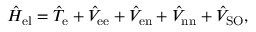
\hat { H } _ { \mathrm { e l } } = \hat { T } _ { \mathrm { e } } + \hat { V } _ { \mathrm { e e } } + \hat { V } _ { \mathrm { e n } } + \hat { V } _ { \mathrm { n n } } + \hat { V } _ { \mathrm { S O } } ,